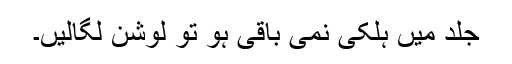
جلد میں ہلکی نمی باقی ہو تو لوشن لگالیں۔